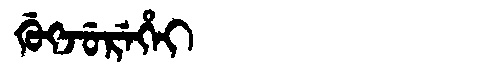
Manchu: ᡤᡠᡴᠵᡠᡵᡝᡥᡝᡳ
Romanization: GUKJUREHEI